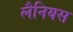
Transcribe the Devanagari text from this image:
लैनियस